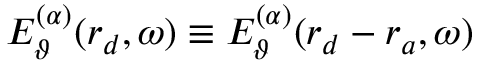
E _ { \vartheta } ^ { ( \alpha ) } ( \boldsymbol { r } _ { d } , \omega ) \equiv E _ { \vartheta } ^ { ( \alpha ) } ( \boldsymbol { r } _ { d } - \boldsymbol { r } _ { a } , \omega )